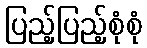
ပြည့်ပြည့်စုံစုံ